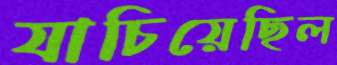
যাচিয়েছিল